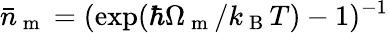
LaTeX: \bar{n}_{\mathrm{~m~}}=(\exp(\hbar\Omega_{\mathrm{~m~}}/k_{\mathrm{~B~}}T)-1)^{-1}